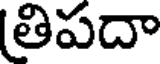
తిపదా